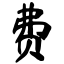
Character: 费